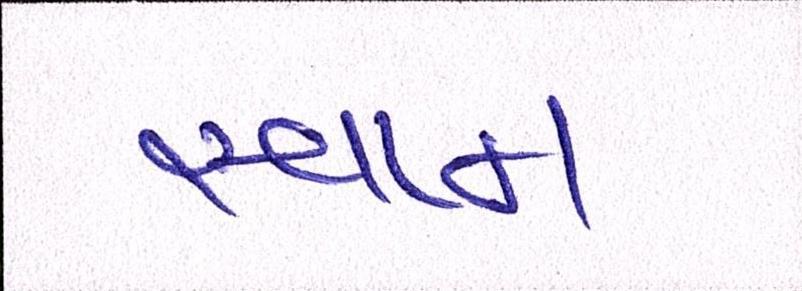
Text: સ્વપ્ન